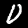
Digit: 0